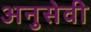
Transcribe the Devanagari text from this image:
अनुसेवी